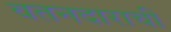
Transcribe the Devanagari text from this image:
वतनदाराची